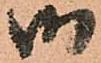
御